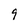
Character: 9